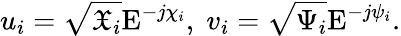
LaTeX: u_{i}=\sqrt{\mathfrak{X}_{i}}\mathrm{E}^{-j\chi_{i}},\; v_{i}=\sqrt{\Psi_{i}}\mathrm{E}^{-j\psi_{i}}.